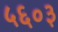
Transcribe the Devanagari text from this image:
५६०३